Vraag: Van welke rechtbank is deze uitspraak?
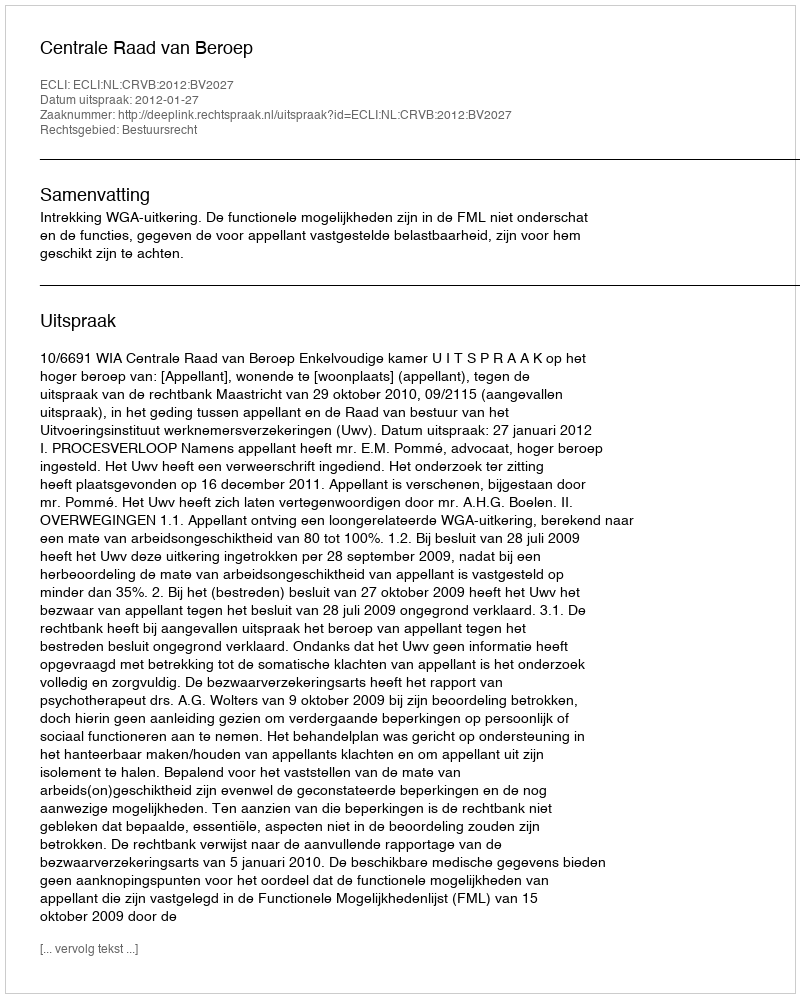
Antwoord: Centrale Raad van Beroep